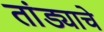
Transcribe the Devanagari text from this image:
तांड्याचे